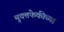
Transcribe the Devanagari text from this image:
मुक्तफेकीच्या